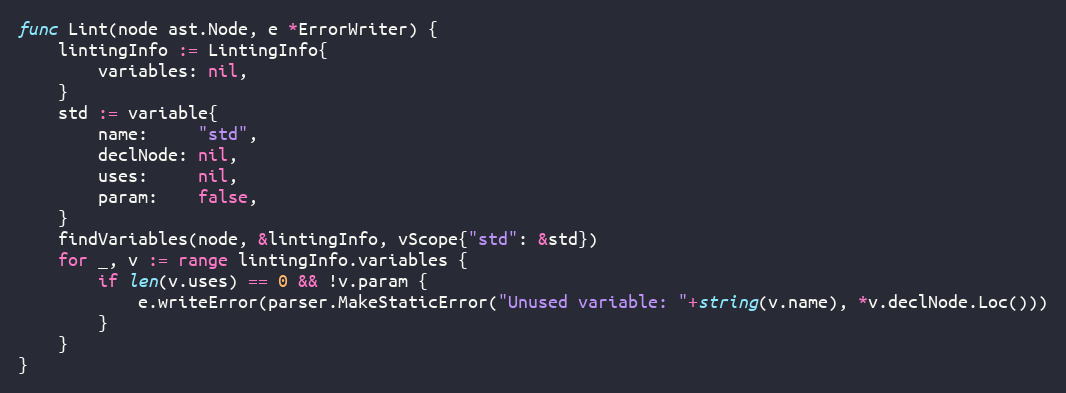
Language: Go
func Lint(node ast.Node, e *ErrorWriter) {
	lintingInfo := LintingInfo{
		variables: nil,
	}
	std := variable{
		name:     "std",
		declNode: nil,
		uses:     nil,
		param:    false,
	}
	findVariables(node, &lintingInfo, vScope{"std": &std})
	for _, v := range lintingInfo.variables {
		if len(v.uses) == 0 && !v.param {
			e.writeError(parser.MakeStaticError("Unused variable: "+string(v.name), *v.declNode.Loc()))
		}
	}
}